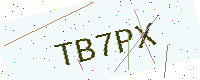
Text: TB7PX